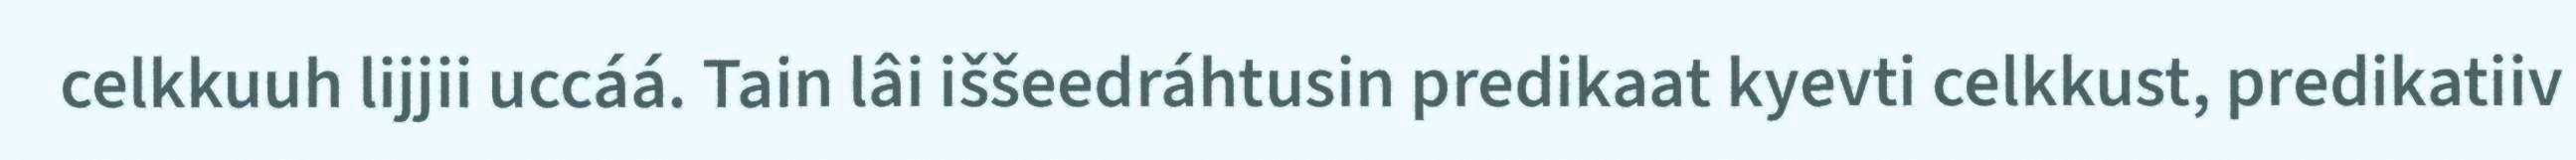
celkkuuh lijjii uccáá. Tain lâi iššeedráhtusin predikaat kyevti celkkust, predikatiiv